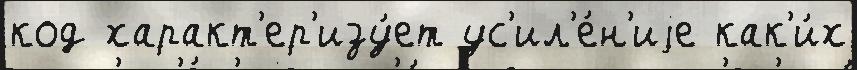
код характ'ер'изу́ет ус'ил'е́н'иjе как'и́х